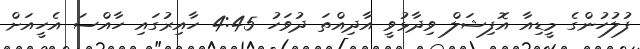
ފުލުހުންގެ މީޑިއާ އޮފިޝަލް ވިދާޅުވީ އާދިއްތަ ދުވަހު 4:45 ހާއިރުގައި ހާއްސަ އެހީއަށް